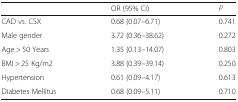
<table><thead><tr><td></td><td><b>OR (95% CI)</b></td><td><b><i>P</i></b></td></tr></thead><tbody><tr><td>CAD vs. CSX</td><td>0.68 (0.07–6.71)</td><td>0.741</td></tr><tr><td>Male gender</td><td>3.72 (0.36–38.62)</td><td>0.272</td></tr><tr><td>Age &gt; 50 Years</td><td>1.35 (0.13–14.07)</td><td>0.803</td></tr><tr><td>BMI &gt; 25 Kg/m2</td><td>3.88 (0.39–39.14)</td><td>0.250</td></tr><tr><td>Hypertension</td><td>0.61 (0.09–4.17)</td><td>0.613</td></tr><tr><td>Diabetes Mellitus</td><td>0.68 (0.09–5.11)</td><td>0.710</td></tr></tbody></table>